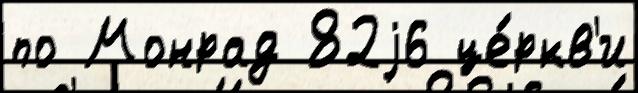
по Монрад 82j6 це́ркв'и